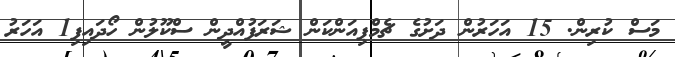
މަސް ކުރިން. 15 އަހަރުން ދަށުގެ ޗެމްޕިއަންކަން ޝަރަފުއްދީން ސްކޫލުން ހޯދައިފި1 އަހަރު